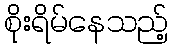
စိုးရိမ်နေသည့်